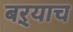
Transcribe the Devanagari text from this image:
बऱ्‍याच